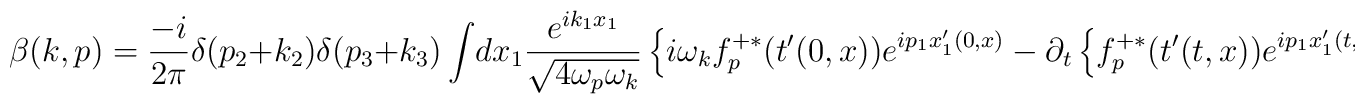
\beta(k,p)=\frac{-i}{2\pi}\delta(p_{2}+k_{2})\delta(p_{3}+k_{3})\int\! dx_1\frac{e^{ik_1x_1}}{\sqrt{4\omega_p\omega_k}}\left\{ i\omega_k f_p^{+\ast}(t'(0,x))e^{ip_1x'_1(0,x)}-\partial_t\left\{f_p^{+ \ast}(t'(t,x))e^{ip_1x'_1(t,x)} \right\}\left|_{t=0}\right.\right\}